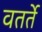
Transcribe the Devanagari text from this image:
वतर्ते